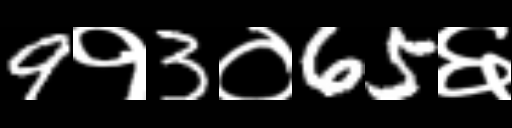
Text: 9१3०65६